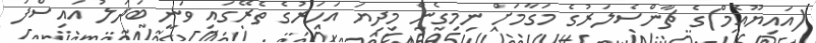
(އައިޔޫއެމް)ގެ ޗާންސެލަރުގެ މަގާމަށް ނިމިގެން މިދިޔަ އަހަރުގެ ތެރޭގައި ވަނީ ބަދަލު އައިސްފަ